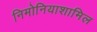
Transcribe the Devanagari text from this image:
निमोनियाशामिल